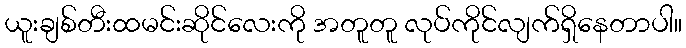
ယူးချစ်တီးထမင်းဆိုင်လေးကို အတူတူ လုပ်ကိုင်လျက်ရှိနေတာပါ။